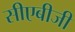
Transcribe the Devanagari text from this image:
सीएबीजी